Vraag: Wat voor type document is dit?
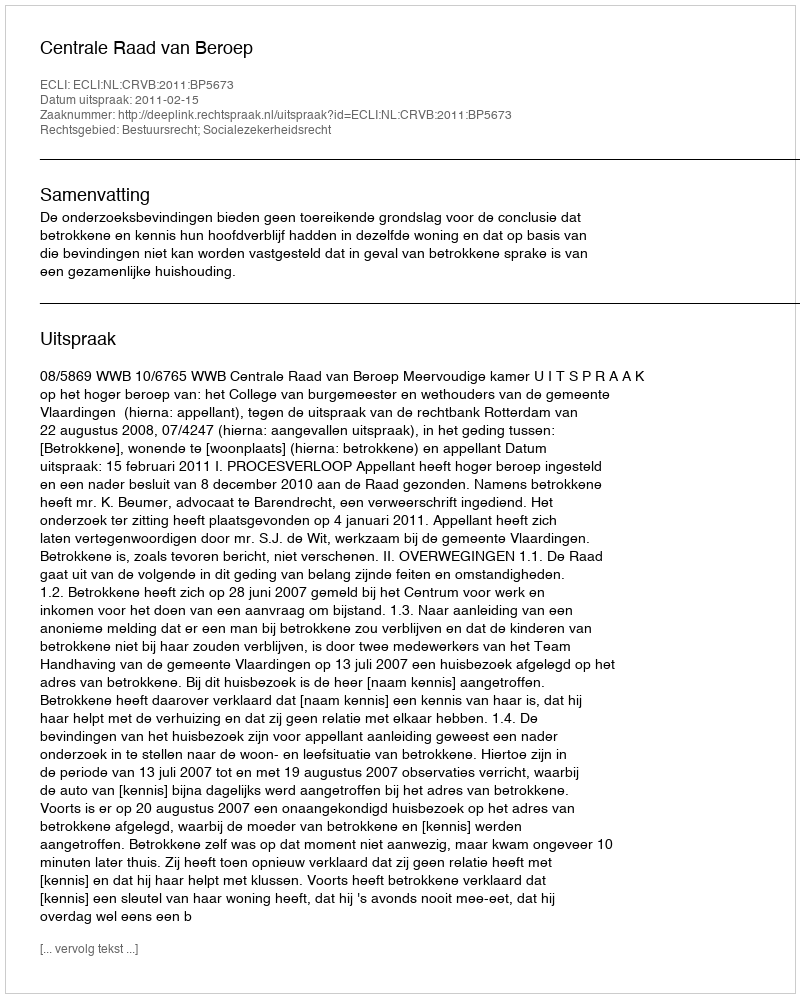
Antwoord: Uitspraak